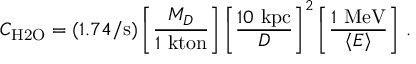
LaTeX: C _ { \mathrm { H 2 O } } = ( 1 . 7 4 / \mathrm { s } ) \left[ \frac { M _ { D } } { 1 \mathrm { \ k t o n } } \right] \left[ \frac { 1 0 \mathrm { \ k p c } } { D } \right] ^ { 2 } \left[ \frac { 1 \mathrm { \ M e V } } { \langle E \rangle } \right] \, .